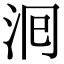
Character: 𭰁